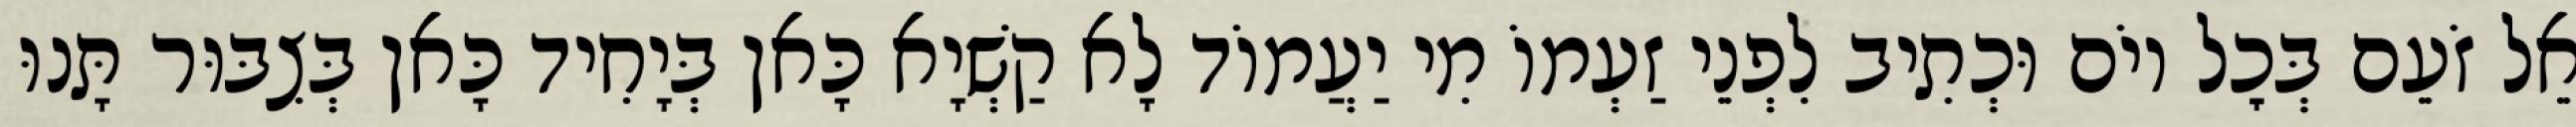
אֵל זֹעֵם בְּכׇל יוֹם וּכְתִיב לִפְנֵי זַעְמוֹ מִי יַעֲמוֹד לָא קַשְׁיָא כָּאן בְּיָחִיד כָּאן בְּצִבּוּר תָּנוּ